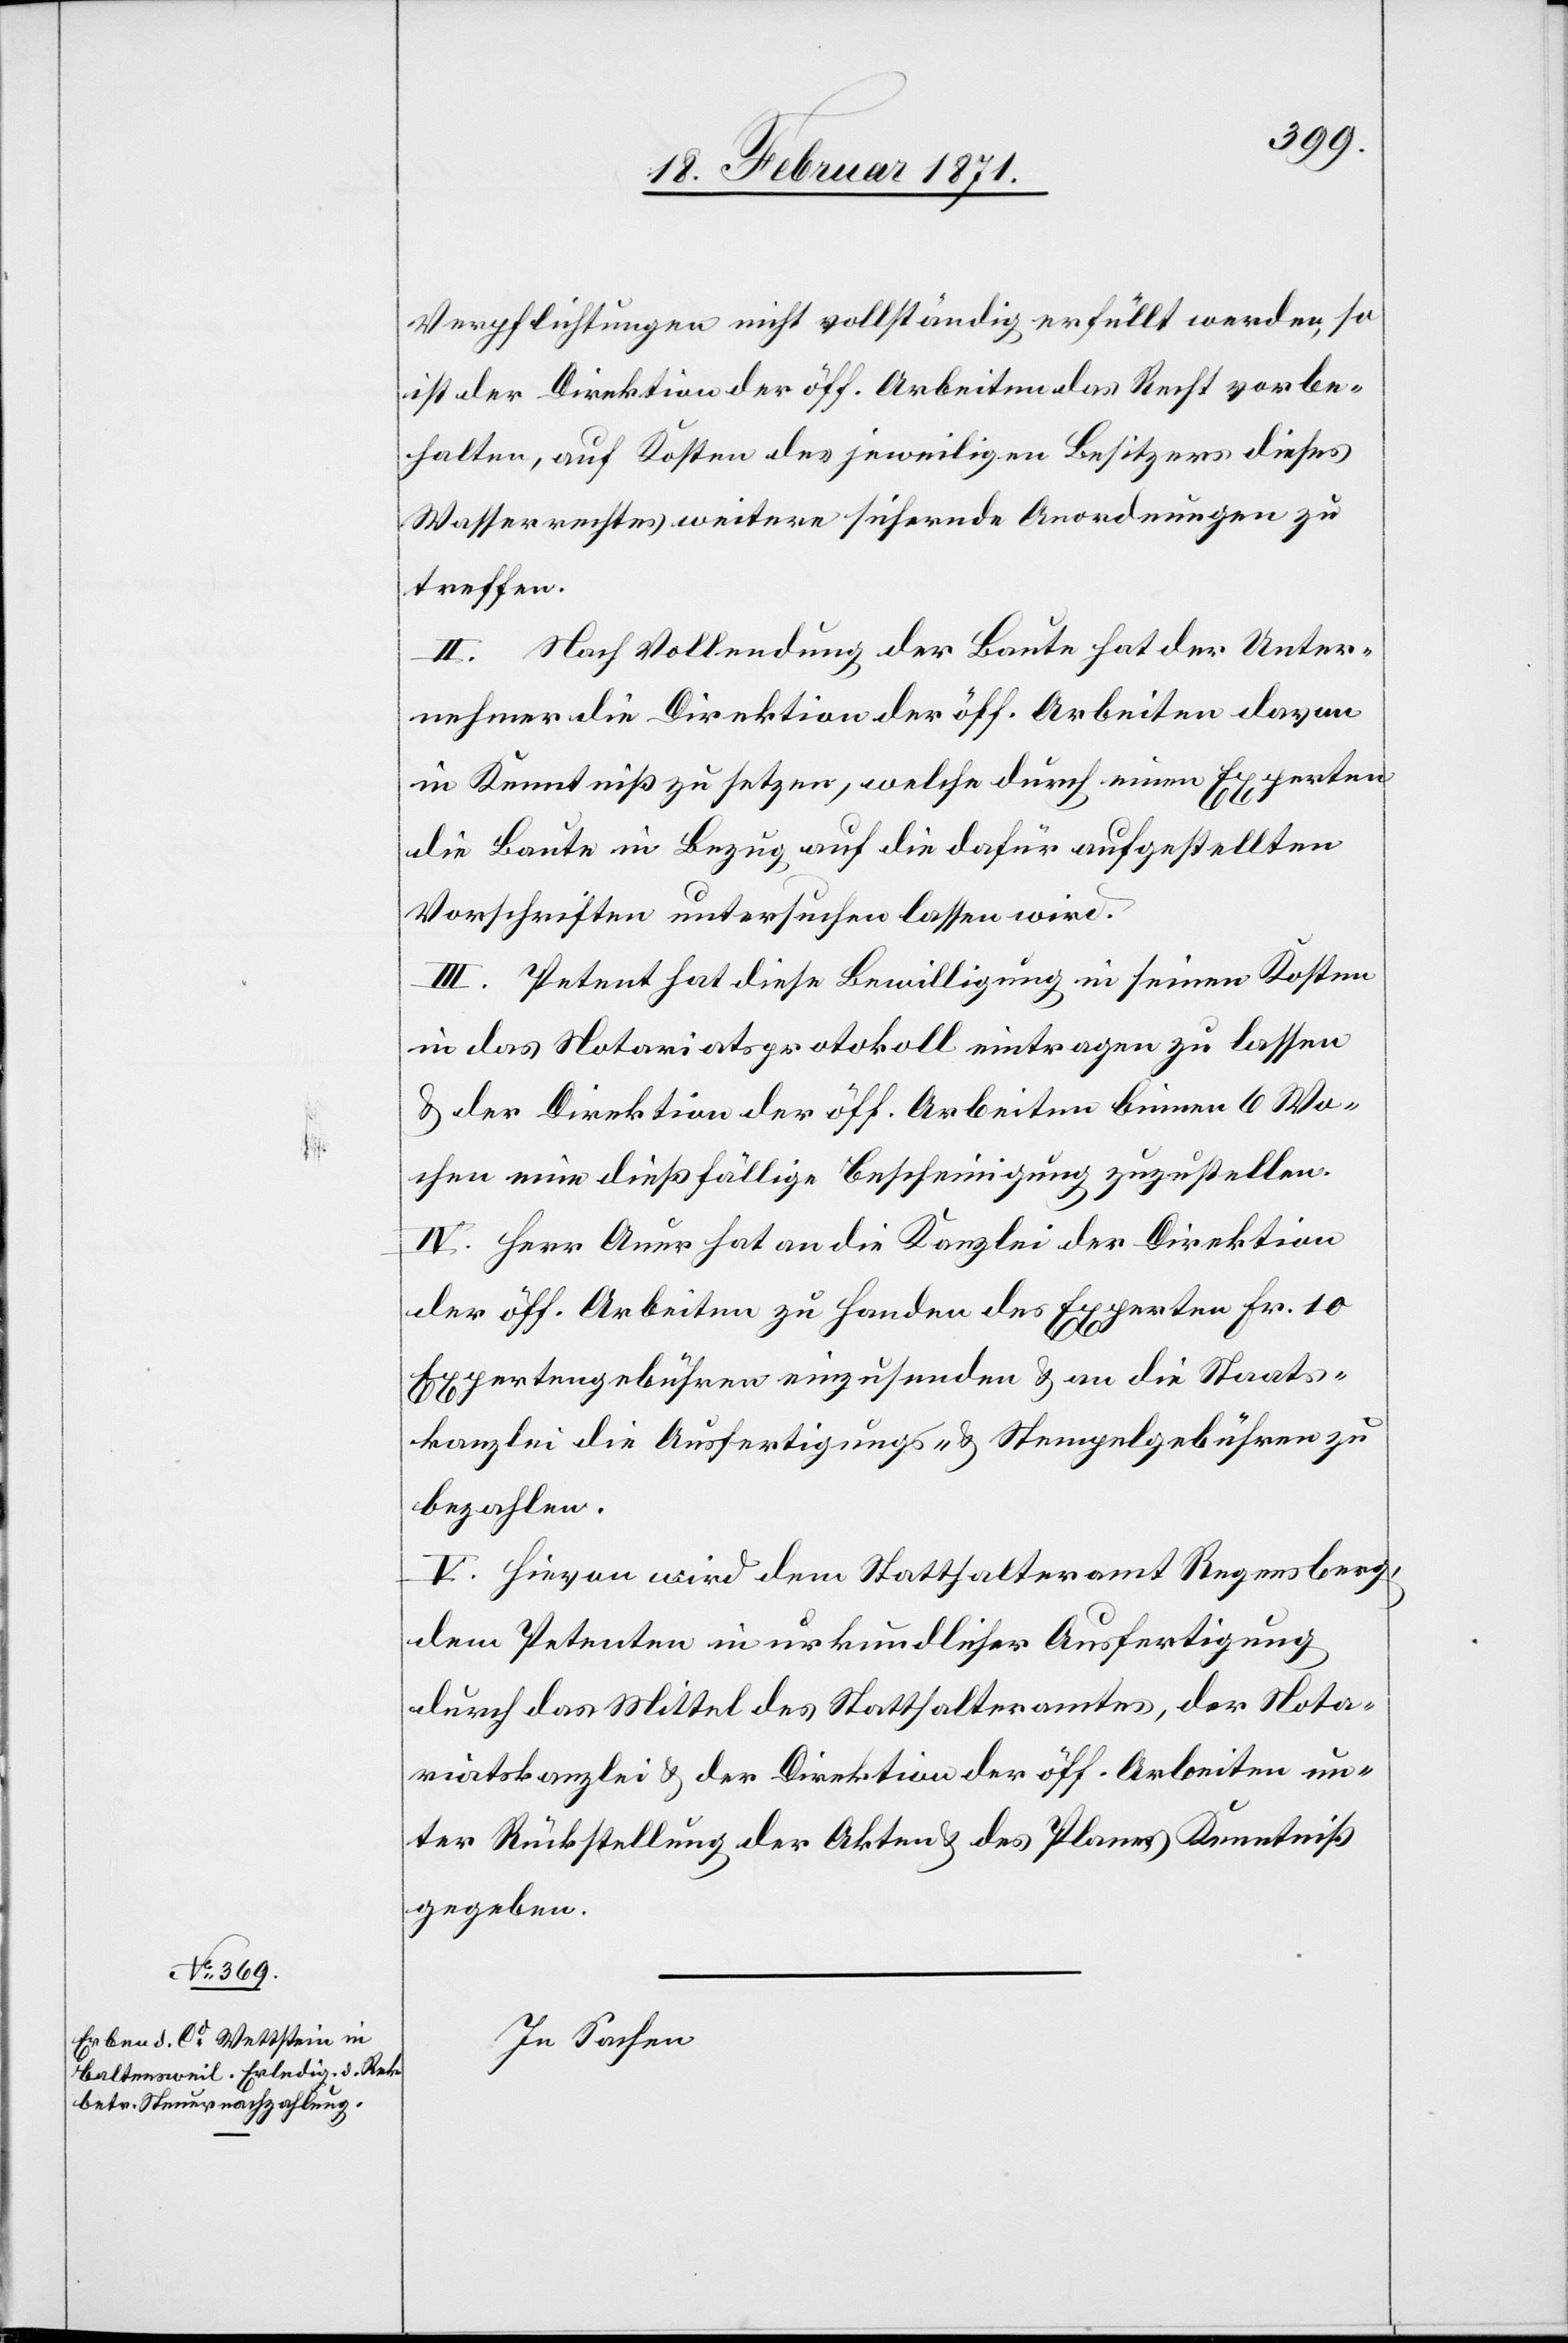
Verpflichtungen nicht vollständig erfüllt werden, so
ist der Direktion der öff. Arbeiten Recht vorbe¬
halten, auf Kosten des jeweiligen Besitzers dieses
Wasserrechtes weitere sichernde Anordnungen zu
treffen.
II. Nach Vollendung der Baute hat der Unter¬
nehmer die Direktion der öff. Arbeiten davon
in Kenntniß zu setzen, welche durch einen Experten
die Baute in Bezug auf die dafür aufgestellten
Vorschriften untersuchen lassen wird.
III. Petent hat diese Bewilligung in seinen Kosten
in das Notariatsprotokoll eintragen zu lassen
u. der Direktion der öff. Arbeiten binnen 6 Wo¬
chen eine dießfällige Bescheinigung zuzustellen.
IV. Herr Auer hat an die Kanzlei der Direktion
der öff. Arbeiten zu Handen des Experten Fr. 10
Expertengebühren einzusenden u. an die Staats¬
kanzlei die Ausfertigungs- u. Stempelgebühren zu
bezahlen.
V. Hievon wird dem Statthalteramt Regensberg,
dem Petenten in urkundlicher Ausfertigung
durch das Mittel des Statthalteramt, der Nota¬
riatskanzlei u. der Direktion der öff. Arbeiten un¬
ter Rückstellung der Akten u. des Planes Kenntniß
gegeben.
In Sachen